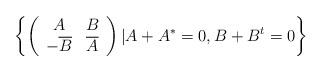
LaTeX: \begin{align*} \left\{\left( \begin{array}{cc} A & B \\ -\overline{B} & \overline{A} \\ \end{array} \right)| A+A^{*}=0, B+B^{t}=0\right\}\end{align*}